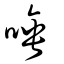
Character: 唾